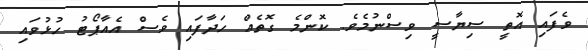
ވެފައި އޮތީ ސިޔާސީ ވިސްނުމެވެ. ކޮންމެ ގޮތެއް ހަދާފައި ވެސް އެއާޕޯޓު ހުޅުވައި